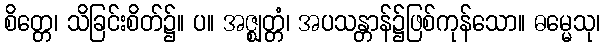
စိတ္တေ၊ သိခြင်းစိတ်၌။ ပ။ အဇ္ဈတ္တံ၊ အပသန္တာန်၌ဖြစ်ကုန်သော။ ဓမ္မေသု၊